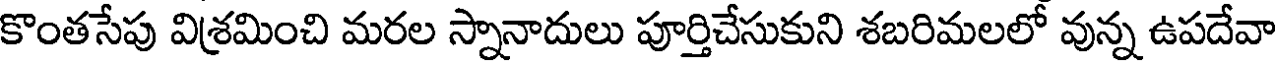
కొంతసేపు విశ్రమించి మరల స్నానాదులు పూర్తిచేసుకుని శబరిమలలో వున్న ఉపదేవా